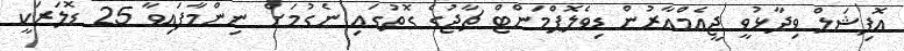
އޮފިޝަލް ވިދާޅުވީ ޖީއެމްއާރުން ޑިވެލޮޕްމަންޓް ޗާޖުގެ ގޮތުގައި ނެގުމަށް ނިންމާފައިވާ 25 ޑޮލަރަކީ